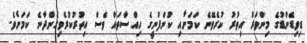
ޑިވިޑެންޑުގެ މިންވަރު އިތުރު ކުރެވޭނެ ކަމަށާއި ކުންފުނީގެ ހިއްސާތައް ވެސް އިތުރުކުރެވިގެންދާނެ ކަމަށެވެ.